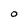
Character: O